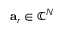
\mathbf { a } _ { r } \in \mathbb { C } ^ { N }